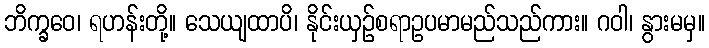
ဘိက္ခဝေ၊ ရဟန်းတို့။ သေယျထာပိ၊ နိုင်းယှဉ်စရာဥပမာမည်သည်ကား။ ဂဝါ၊ နွားမမှ။